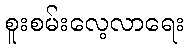
စူးစမ်းလေ့လာရေး